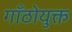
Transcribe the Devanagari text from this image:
गाँठोयुक्त